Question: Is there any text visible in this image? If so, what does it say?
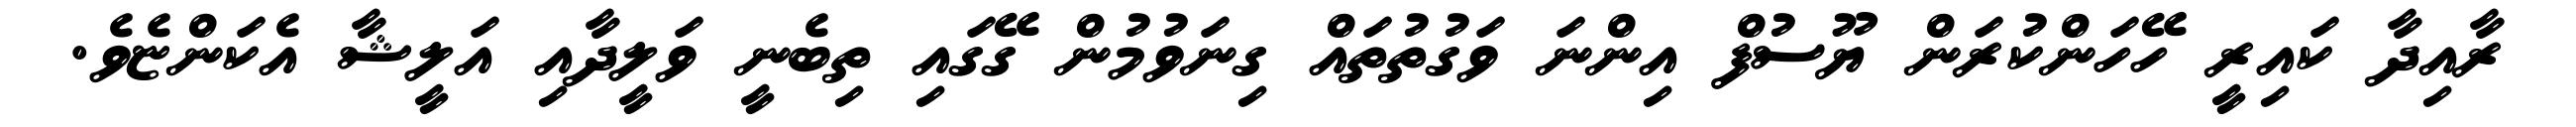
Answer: ރާއިދާ ކައިރީ ހޭހަންކުރަން ޔޫސުފް އިންނަ ވަގުތުތައް ގިނަވުމުން ގޭގައި ތިބެނީ ވަލީދާއި އަލީޝާ އެކަންޏެވެ.